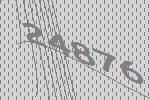
24876